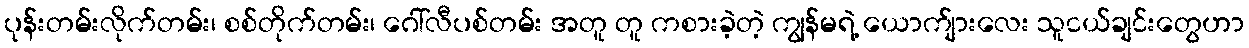
ပုန်းတမ်းလိုက်တမ်း၊ စစ်တိုက်တမ်း၊ ဂေါ်လီပစ်တမ်း အတူ တူ ကစားခဲ့တဲ့ ကျွန်မရဲ့ ယောက်ျားလေး သူငယ်ချင်းတွေဟာ